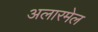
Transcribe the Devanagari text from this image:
अलारमेल